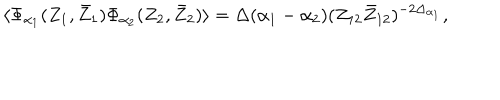
\langle \Phi _ { \alpha _ { 1 } } ( Z _ { 1 } , \bar { Z } _ { 1 } ) \Phi _ { \alpha _ { 2 } } ( Z _ { 2 } , \bar { Z } _ { 2 } ) \rangle = \Delta ( \alpha _ { 1 } - \alpha _ { 2 } ) ( Z _ { 1 2 } \bar { Z } _ { 1 2 } ) ^ { - 2 \Delta _ { \alpha _ { 1 } } } ,